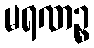
မရဏဉ္စ